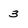
Character: 3